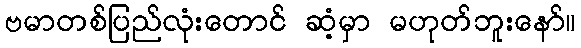
ဗမာတစ်ပြည်လုံးတောင် ဆံ့မှာ မဟုတ်ဘူးနော်။